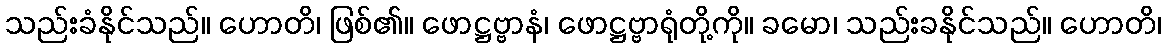
သည်းခံနိုင်သည်။ ဟောတိ၊ ဖြစ်၏။ ဖောဋ္ဌဗ္ဗာနံ၊ ဖောဋ္ဌဗ္ဗာရုံတို့ကို။ ခမော၊ သည်းခနိုင်သည်။ ဟောတိ၊